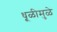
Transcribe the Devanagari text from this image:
धूळीमुळे